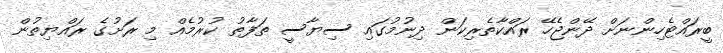
ބީރައްޓެހިންނަށް ދޭންޖެހޭ ރައްކާތެރިކަން ދިނުމުގައި ސިޔާސީ ތަފާތު ކުރުމެއް މި ރަށުގެ ރައްޔިތުން